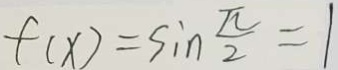
f ( x ) = \sin \frac { \pi } { 2 } = 1